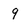
Character: 9